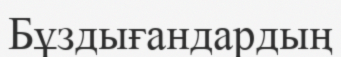
Бұздығандардың